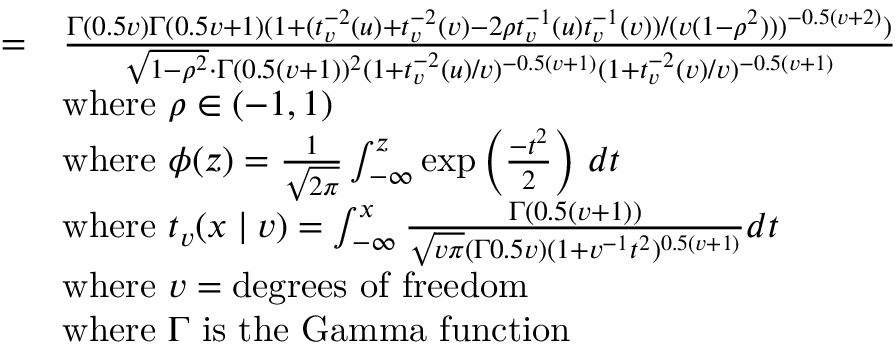
{ \begin{array} { r l } { = } & { { \frac { \Gamma ( 0 . 5 v ) \Gamma ( 0 . 5 v + 1 ) ( 1 + ( t _ { v } ^ { - 2 } ( u ) + t _ { v } ^ { - 2 } ( v ) - 2 \rho t _ { v } ^ { - 1 } ( u ) t _ { v } ^ { - 1 } ( v ) ) / ( v ( 1 - \rho ^ { 2 } ) ) ) ^ { - 0 . 5 ( v + 2 ) } ) } { { \sqrt { 1 - \rho ^ { 2 } } } \cdot \Gamma ( 0 . 5 ( v + 1 ) ) ^ { 2 } ( 1 + t _ { v } ^ { - 2 } ( u ) / v ) ^ { - 0 . 5 ( v + 1 ) } ( 1 + t _ { v } ^ { - 2 } ( v ) / v ) ^ { - 0 . 5 ( v + 1 ) } } } } \\ & { { \mathrm { w h e r e ~ } } \rho \in ( - 1 , 1 ) } \\ & { { \mathrm { w h e r e ~ } } \phi ( z ) = { \frac { 1 } { \sqrt { 2 \pi } } } \int _ { - \infty } ^ { z } \exp \left( { \frac { - t ^ { 2 } } { 2 } } \right) \, d t } \\ & { { \mathrm { w h e r e ~ } } t _ { v } ( x \mid v ) = \int _ { - \infty } ^ { x } { \frac { \Gamma { ( 0 . 5 ( v + 1 ) ) } } { { \sqrt { v \pi } } ( \Gamma { 0 . 5 v } ) ( 1 + v ^ { - 1 } t ^ { 2 } ) ^ { 0 . 5 ( v + 1 ) } } } d t } \\ & { { \mathrm { w h e r e ~ } } v = { \mathrm { d e g r e e s ~ o f ~ f r e e d o m } } } \\ & { { \mathrm { w h e r e ~ } } \Gamma { \mathrm { ~ i s ~ t h e ~ G a m m a ~ f u n c t i o n } } } \end{array} }